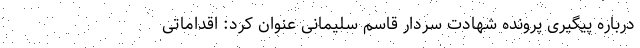
درباره پیگیری پرونده شهادت سردار قاسم سلیمانی عنوان کرد: اقداماتی